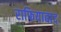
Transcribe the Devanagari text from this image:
राफियाबाद